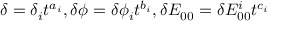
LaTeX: \delta = \delta _ { i } t ^ { a _ { i } } , \delta \phi = \delta \phi _ { i } t ^ { b _ { i } } , \delta E _ { 0 0 } = \delta E _ { 0 0 } ^ { i } t ^ { c _ { i } }